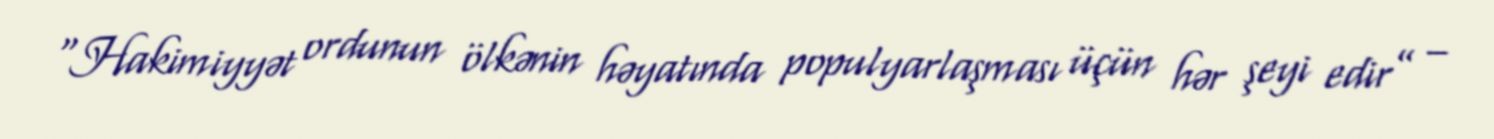
“Hakimiyyət ordunun ölkənin həyatında populyarlaşması üçün hər şeyi edir” –